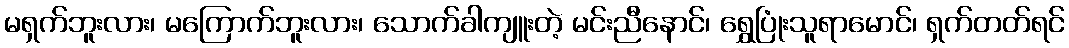
မရှက်ဘူးလား၊ မကြောက်ဘူးလား၊ သောက်ခါကျူးတဲ့ မင်းညီနောင်၊ ရွှေပြုံးသူရာမောင်၊ ရှက်တတ်ရင်